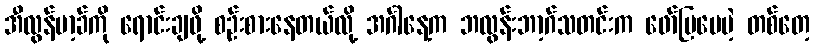
အီလွန်မာ့ခ်ကို ရောင်းချဖို့ စဉ်းစားနေတယ်လို့ အင်္ဂါနေ့က ဘလွန်းဘာ့ဂ်သတင်းက ဖော်ပြပေမဲ့ တစ်တေ့